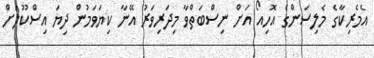
އެމެރިކާގެ މެލިސަންގެ އޮހިއޯ އަށް ނިސްބަތްވާ މިދަރިވަރު އޭނާ ކިޔަވަމުން ދިޔަ އިސްކޫލަށް